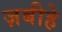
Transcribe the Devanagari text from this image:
ज़बीहे